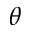
\theta